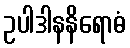
ဥပါဒါနနိရောဓံ